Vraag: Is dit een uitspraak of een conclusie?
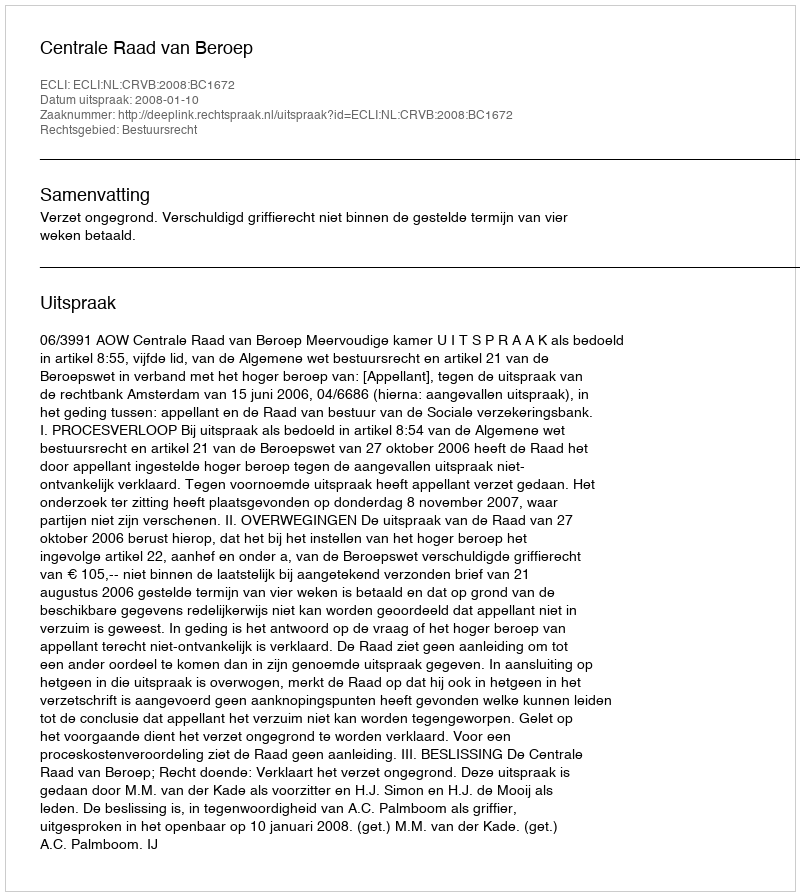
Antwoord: Uitspraak